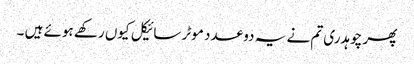
پھر چوہدری تم نے یہ دو عدد موٹر سائیکل کیوں رکھے ہوئے ہیں ۔